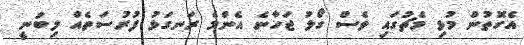
އެގޮތުން މުޅި މެޗުގައި ވެސް ގޯލު ޖަހާނެ އެންމެ ރަނގަޅު ފުރުސަތެއް ލިބުނީ